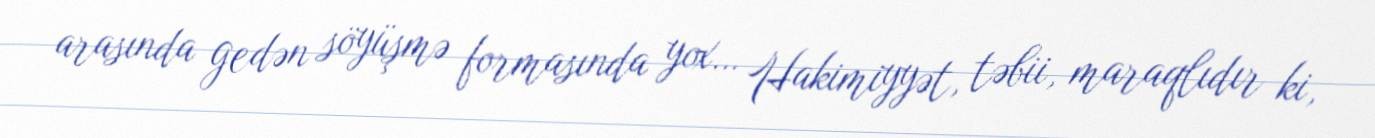
arasında gedən söyüşmə formasında yox… Hakimiyyət, təbii, maraqlıdır ki,